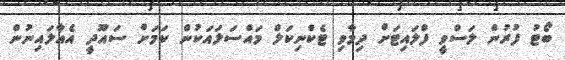
ބޯޓު ފުރުން ލަސްވީ ފްލައިޓަށް ދިމާވި ޓެކްނިކަލް މައްސަލައަކުން ކަމަށް ސައޫދީ އެއާލައިނުން